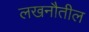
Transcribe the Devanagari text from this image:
लखनौतील